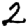
Digit: 2